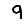
Digit: 9